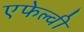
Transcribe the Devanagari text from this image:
एफेल्वी